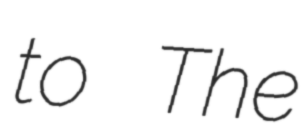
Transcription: to The